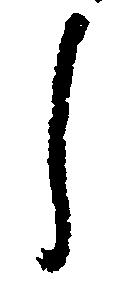
し